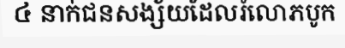
៤ នាក់ជនសង្ស័យដែលរំលោភបូក